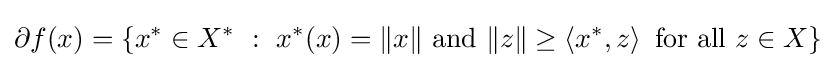
\partial f(x)=\left\{x^{*}\in X^{*}~:~x^{*}(x)=\|x\|{\text{ and }}\|z\|\geq \left\langle x^{*},z\right\rangle {\text{ for all }}z\in X\right\}